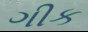
ગીક